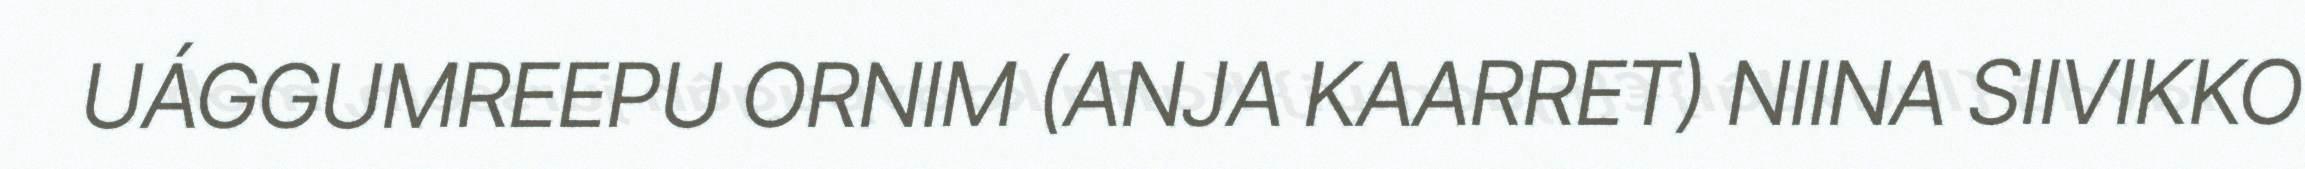
UÁGGUMREEPU ORNIM (ANJA KAARRET) NIINA SIIVIKKO